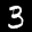
Label: 3